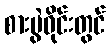
စားပွဲဝိုင်းတွင်